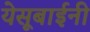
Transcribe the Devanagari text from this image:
येसूबाईनी